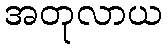
အတုလာယ